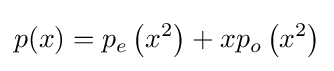
p(x)=p_{e}\left(x^{2}\right)+xp_{o}\left(x^{2}\right)